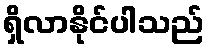
ရှိလာနိုင်ပါသည်